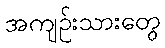
အကျဉ်းသားတွေ